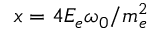
x = 4 E _ { e } \omega _ { 0 } / m _ { e } ^ { 2 }